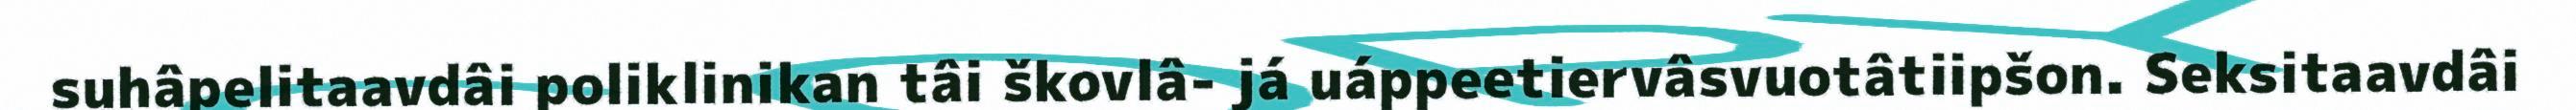
suhâpelitaavdâi poliklinikan tâi škovlâ- já uáppeetiervâsvuotâtiipšon. Seksitaavdâi